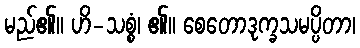
မည်၏။ ဟိ-သစ္စံ၊ ၏။ စေတောဒုက္ခသမပ္ပိတာ၊